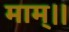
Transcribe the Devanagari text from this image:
माम्।।